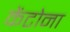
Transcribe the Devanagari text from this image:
केंटोना